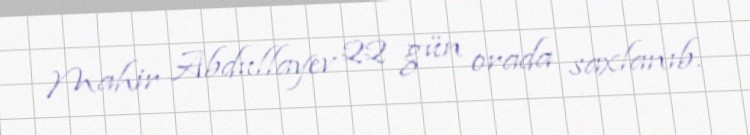
Mahir Abdullayev 22 gün orada saxlanıb.